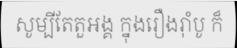
សូម្បីតែតួអង្គ ក្នុងរឿងរ៉ាំបូ ក៏